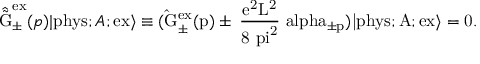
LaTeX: \hat { \tilde { \mathrm { G } } } _ { \pm } ^ { \mathrm { e x } } ( p ) | \mathrm { p h y s } ; A ; \mathrm { e x \rangle \equiv ( \hat { \mathrm { G } } _ { \pm } ^ { \mathrm { e x } } ( p ) \pm \hbar \frac { e ^ { 2 } \mathrm { L } ^ { 2 } } { 8 { \ p i } ^ { 2 } } \ a l p h a _ { \pm p } ) | \mathrm { p h y s } ; A ; \mathrm { e x \rangle = 0 . } }